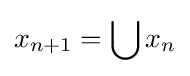
x_{n+1}=\bigcup x_{n}